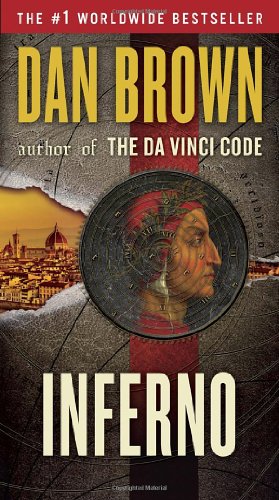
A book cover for Inferno (Robert Langdon); Dan Brown; Mystery, Thriller & Suspense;